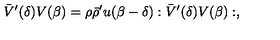
\bar { V } ^ { \prime } ( \delta ) V ( \beta ) = \rho \bar { \rho } ^ { \prime } u ( \beta - \delta ) : \bar { V } ^ { \prime } ( \delta ) V ( \beta ) : ,